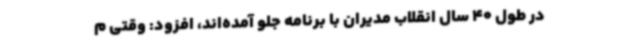
در طول 40 سال انقلاب مدیران با برنامه جلو آمده‌اند، افزود: وقتی م